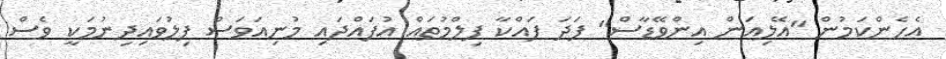
އެހެންކަމުން "އޭލިއަން އިންވޭޑާސް" ފަދަ ފައްކާ ފިލްމުތައް އުފައްދައި މުނިއަވަސް ފިލުވައިދިނުމަކީ ވެސް